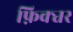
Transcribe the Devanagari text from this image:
फ़िक्चर